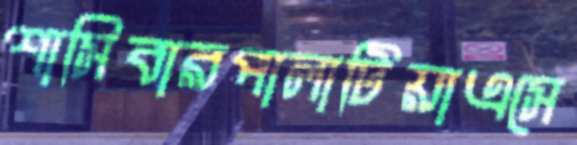
শাসিবারপালাটিয়াএসে